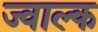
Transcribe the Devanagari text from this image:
ज्वाल्क